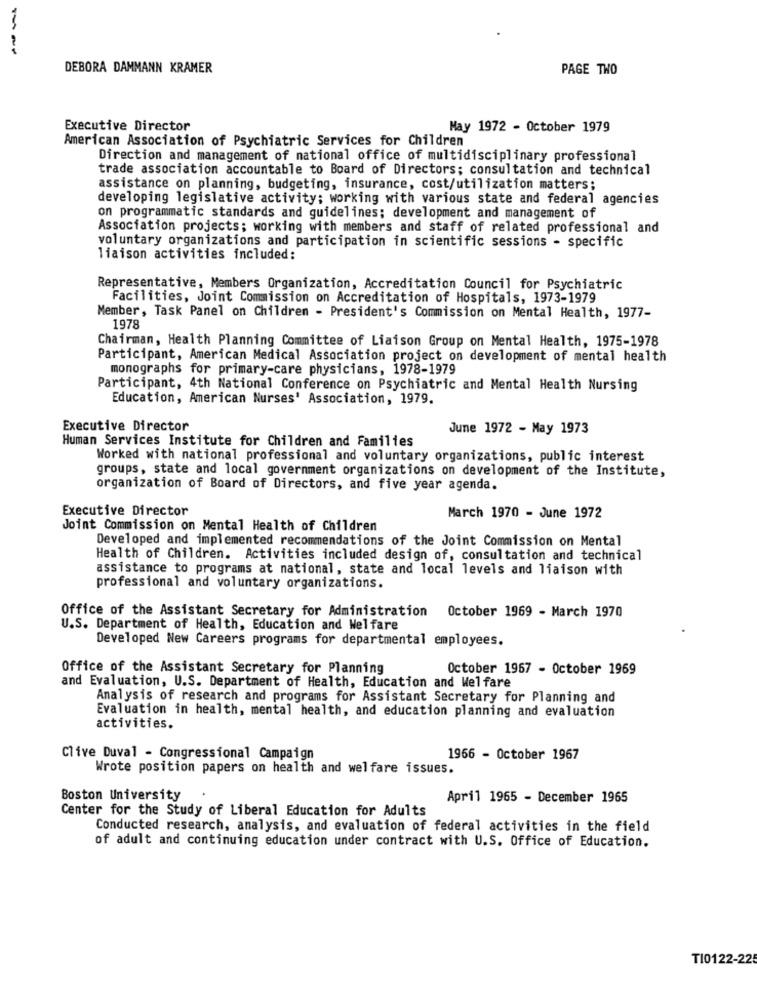
DEBORA DAMMANN KRAMER
PAGE TWO
Executive Director
May 1972 - October 1979
American Association of Psychiatric Services for Children
Direction and management of national office of multidisciplinary professional
trade association accountable to Board of Directors; consultation and technical
assistance on planning, budgeting, insurance, cost/utilization matters;
developing legislative activity; working with various state and federal agencies
on programmatic standards and guidelines; development and management of
Association projects; working with members and staff of related professional and
voluntary organizations and participation in scientific sessions - specific
liaison activities included:
Representative, Members Organization, Accreditation Council for Psychiatric
Facilities, Joint Commission on Accreditation of Hospitals, 1973-1979
Member, Task Panel on Children - President's Commission on Mental Health, 1977-
1978
Chairman, Health Planning Committee of Liaison Group on Mental Health, 1975-1978
Participant, American Medical Association project on development of mental health
monographs for primary-care physicians, 1978-1979
Participant, 4th National Conference on Psychiatric and Mental Health Nursing
Education, American Nurses' Association, 1979.
Executive Director
June 1972 - May 1973
Human Services Institute for Children and Families
Worked with national professional and voluntary organizations, public interest
groups, state and local government organizations on development of the Institute,
organization of Board of Directors, and five year agenda.
Executive Director
March 1970 - June 1972
Joint Commission on Mental Health of Children
Developed and implemented recommendations of the Joint Commission on Mental
Health of Children. Activities included design of, consultation and technical
assistance to programs at national, state and local levels and liaison with
professional and voluntary organizations.
Office of the Assistant Secretary for Administration October 1969 - March 1970
U.S. Department of Health, Education and Welfare
Developed New Careers programs for departmental employees.
Office of the Assistant Secretary for Planning
October 1967 - October 1969
and Evaluation, U.S. Department of Health, Education and Welfare
Analysis of research and programs for Assistant Secretary for Planning and
Evaluation in health, mental health, and education planning and evaluation
activities.
Clive Duval - Congressional Campaign
1966 - October 1967
Wrote position papers on health and welfare issues.
Boston University
April 1965 - December 1965
Center for the Study of Liberal Education for Adults
Conducted research, analysis, and evaluation of federal activities in the field
of adult and continuing education under contract with U.S. Office of Education.
TI0122-22